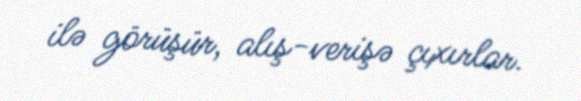
ilə görüşür, alış-verişə çıxırlar.